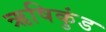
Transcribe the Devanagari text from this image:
ऋषिकुंड